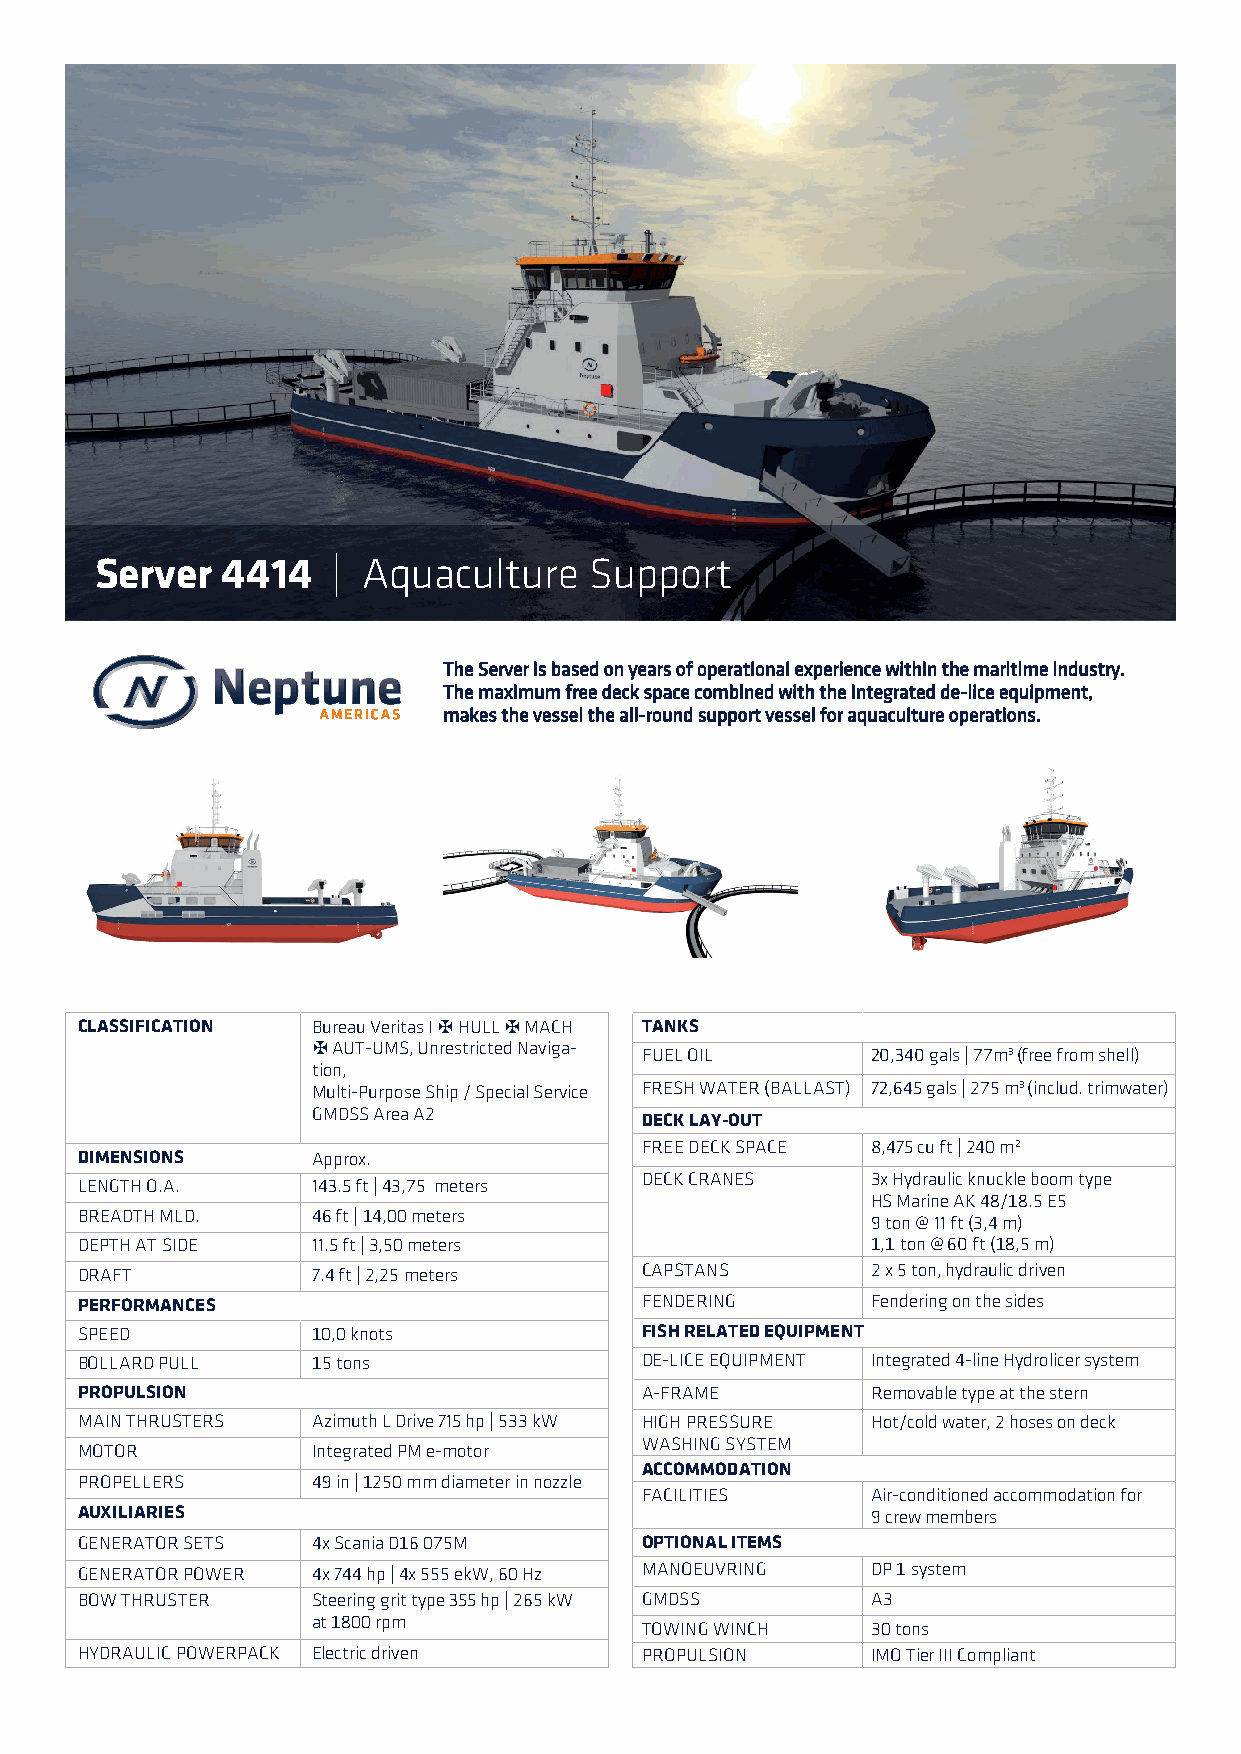
Server   4414   | Aquaculture    Support
 The Server is based on years of operational experience within the maritime industry.
 The maximum free deck space combined with the integrated de-lice equipment,
 makes the vessel the all-round support vessel for aquaculture operations.
 CLASSIFICATION  Bureau Veritas I HULL MACH TANKS
 ✠   ✠
 AUT-UMS, Unrestricted Naviga-
 ✠                    FUEL OIL        20,340 gals | 77m3 (free from shell)
 tion,
 Multi-Purpose Ship / Special Service FRESH WATER (BALLAST) 72,645 gals | 275 m3 (includ. trimwater)
 GMDSS Area A2
 DECK LAY-OUT
 FREE DECK SPACE 8,475 cu ft | 240 m2
 DIMENSIONS      Approx.
 LENGTH O.A.     143.5 ft | 43,75 meters
 DECK CRANES     3x Hydraulic knuckle boom type
 HS Marine AK 48/18.5 E5
 BREADTH MLD.    46 ft | 14,00 meters                 9 ton @ 11 ft (3,4 m)
 DEPTH AT SIDE   11.5 ft | 3,50 meters                1,1 ton @ 60 ft (18,5 m)
 DRAFT           7.4 ft | 2,25 meters CAPSTANS        2 x 5 ton, hydraulic driven
 PERFORMANCES                         FENDERING       Fendering on the sides
 SPEED           10,0 knots           FISH RELATED EQUIPMENT
 BOLLARD PULL    15 tons              DE-LICE EQUIPMENT Integrated 4-line Hydrolicer system
 PROPULSION                           A-FRAME         Removable type at the stern
 MAIN THRUSTERS  Azimuth L Drive 715 hp | 533 kW HIGH PRESSURE Hot/cold water, 2 hoses on deck
 WASHING SYSTEM
 MOTOR           Integrated PM e-motor
 ACCOMMODATION
 PROPELLERS      49 in | 1250 mm diameter in nozzle
 FACILITIES      Air-conditioned accommodation for
 AUXILIARIES                                          9 crew members
 GENERATOR SETS  4x Scania D16 075M   OPTIONAL ITEMS
 GENERATOR POWER 4x 744 hp | 4x 555 ekW, 60 Hz MANOEUVRING DP 1 system
 BOW THRUSTER    Steering grit type 355 hp | 265 kW GMDSS A3
 at 1800 rpm
 TOWING WINCH    30 tons
 HYDRAULIC POWERPACK Electric driven  PROPULSION      IMO Tier III Compliant